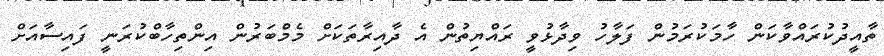
ތާއީދުކުރައްވާކަން ހާމަކުރަމުން ފަލާހު ވިދާޅުވީ ރައްޔިތުން އެ ދާއިރާތަކަށް މެމްބަރުން އިންތިހާބްކުރަނީ ފައިސާއަށް